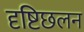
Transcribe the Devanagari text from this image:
दृष्टिछलन